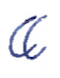
Text: a
Cross-out: clean
Writing tool: ballpoint